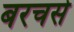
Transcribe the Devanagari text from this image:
बरचसे